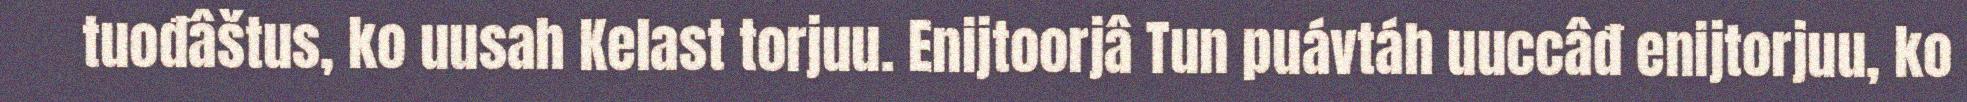
tuođâštus, ko uusah Kelast torjuu. Enijtoorjâ Tun puávtáh uuccâđ enijtorjuu, ko